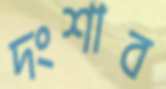
দংশাব